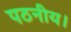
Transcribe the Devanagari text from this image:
पठनीय।